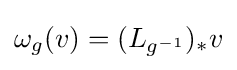
\omega _{g}(v)=(L_{g^{-1}})_{*}v